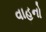
વાહનો